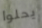
يحلوا